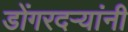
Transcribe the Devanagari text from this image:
डोंगरदऱ्यांनी